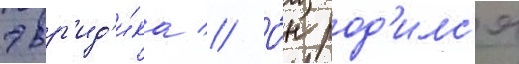
эвр'ид'и́ка // О́н род'илс'я